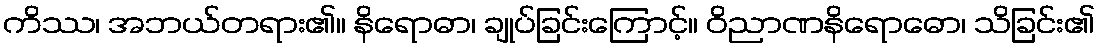
ကိဿ၊ အဘယ်တရား၏။ နိရောဓာ၊ ချုပ်ခြင်းကြောင့်။ ဝိညာဏနိရောဓော၊ သိခြင်း၏